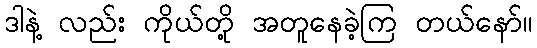
ဒါနဲ့ လည်း ကိုယ်တို့ အတူနေခဲ့ကြ တယ်နော်။